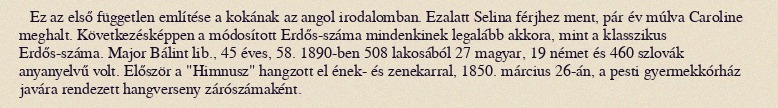
Ez az első független említése a kokának az angol irodalomban. Ezalatt Selina férjhez ment, pár év múlva Caroline meghalt. Következésképpen a módosított Erdős-száma mindenkinek legalább akkora, mint a klasszikus Erdős-száma. Major Bálint lib., 45 éves, 58. 1890-ben 508 lakosából 27 magyar, 19 német és 460 szlovák anyanyelvű volt. Először a "Himnusz" hangzott el ének- és zenekarral, 1850. március 26-án, a pesti gyermekkórház javára rendezett hangverseny zárószámaként.